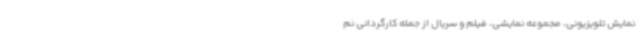
نمایش تلویزیونی، مجموعه نمایشی، فیلم و سریال از جمله کارگردانی نم